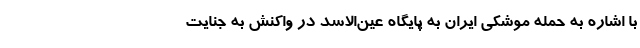
با اشاره به حمله موشکی ایران به پایگاه عین‌الاسد در واکنش به جنایت